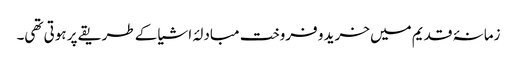
زمانۂ قدیم میں خرید و فروخت مبادلۂ اشیا کے طریقے پر ہوتی تھی۔